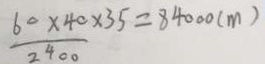
\frac { 6 0 \times 4 0 } { 2 4 0 0 } \times 3 5 = 8 4 0 0 0 ( m )